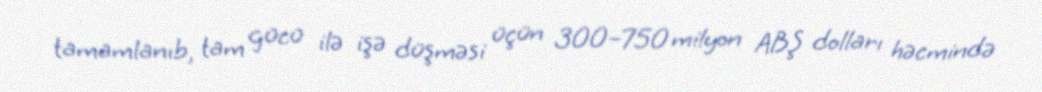
tamamlanıb, tam gücü ilə işə düşməsi üçün 300–750 milyon ABŞ dolları həcmində